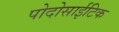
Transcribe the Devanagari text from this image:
पोदोसाईटिक